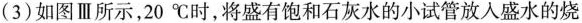
(3)如图Ⅲ所示，20℃时，将盛有饱和石灰水的小试管放入盛水的烧